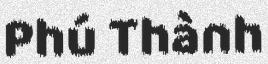
Phú Thành